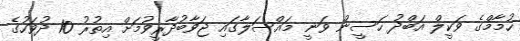
ހުމާމްގެ ވަކީލް އަބްދު ހަސީން ވަނީ މައްސަލާގައި ޖަވާބުދާރީވުމަށް އިތުރު 10 ދުވަހުގެ